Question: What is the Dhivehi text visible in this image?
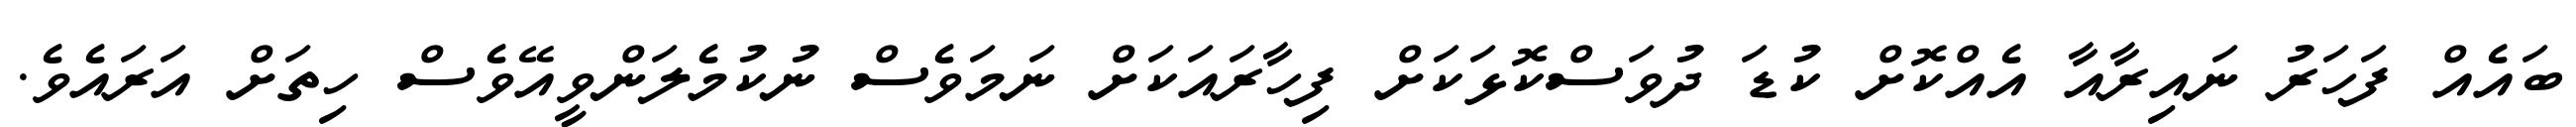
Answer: ބައެއް ފަހަރު ނައިރާއާ އެއްކޮށް ކުޑަ ދުވަސްކޮޅަކަށް ފިހާރައަކަށް ނަމަވެސް ނުކުމެލަންވީއޭވެސް ހިތަށް އަރައެވެ.